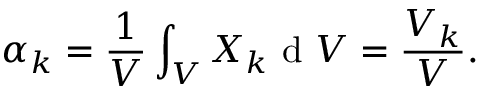
\alpha _ { k } = \frac { 1 } { V } \int _ { V } X _ { k } \mathrm { ~ d ~ } V = \frac { V _ { k } } { V } .